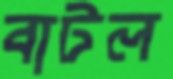
বাটল